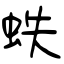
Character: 蛈